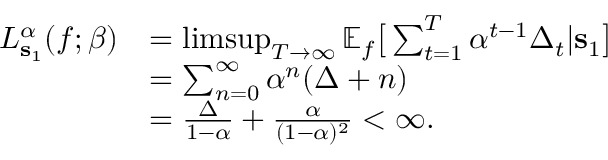
\begin{array} { r l } { L _ { \mathbf { s } _ { 1 } } ^ { \alpha } ( f ; \beta ) } & { = \operatorname* { l i m s u p } _ { T \rightarrow \infty } \mathbb { E } _ { f } \big [ \sum _ { t = 1 } ^ { T } \alpha ^ { t - 1 } \Delta _ { t } | \mathbf { s } _ { 1 } \big ] } \\ & { = \sum _ { n = 0 } ^ { \infty } \alpha ^ { n } ( \Delta + n ) } \\ & { = \frac { \Delta } { 1 - \alpha } + \frac { \alpha } { ( 1 - \alpha ) ^ { 2 } } < \infty . } \end{array}